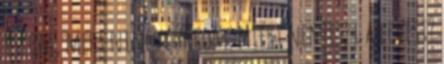
iszom, mert nincs cukrom. Miért nem eszi a levest?